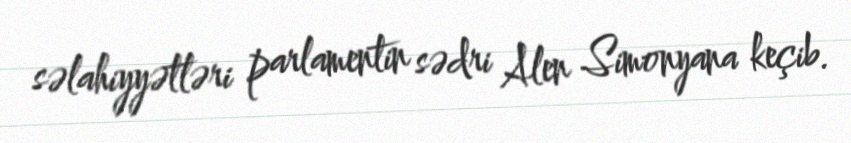
səlahiyyətləri parlamentin sədri Alen Simonyana keçib.